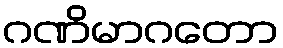
ဂဏိမာဂတော